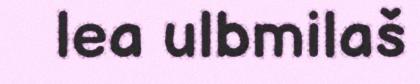
lea ulbmilaš